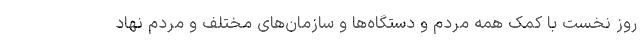
روز نخست با کمک همه مردم و دستگاه‌ها و سازمان‌های مختلف و مردم نهاد